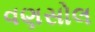
વણસોલ